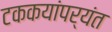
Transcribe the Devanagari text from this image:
टककयांपर्यंत